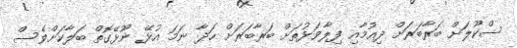
ސްކޫލަށް ބަރާބަރަށް ދިއުމާއި ފިލާވަޅުތަށް ބަރާބަރަށް ހަދާ ނަމަ އުޅޭ ނޫޅޭގޮތް ބަލާކަށްވެސް